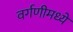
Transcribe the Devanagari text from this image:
वर्गणीमध्ये